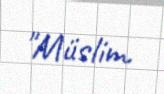
"Müslim.